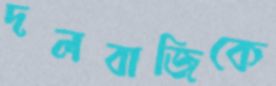
দলবাজিকে